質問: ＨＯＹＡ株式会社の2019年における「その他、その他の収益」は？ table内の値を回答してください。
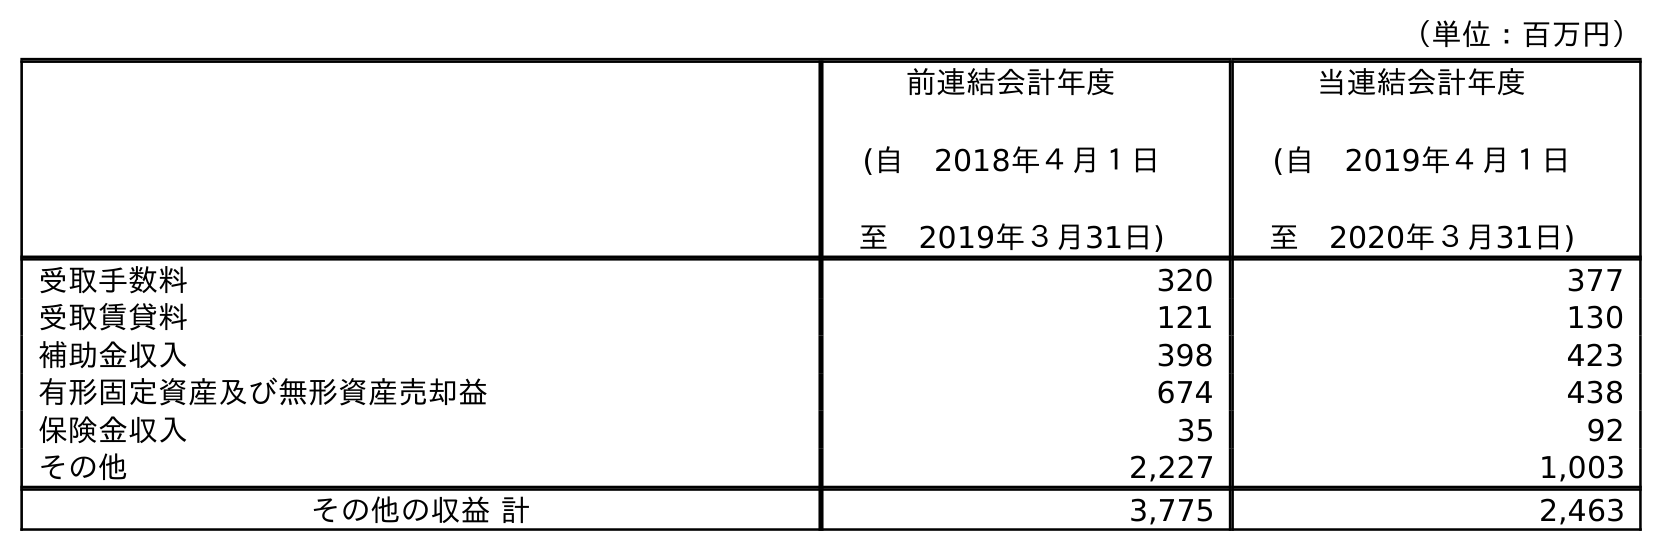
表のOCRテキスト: （単位：百万円） 前連結会計年度 (自 2018年４月１日 至 2019年３月31日) 当連結会計年度 (自 2019年４月１日 至 2020年３月31日) 受取手数料 320 377 受取賃貸料 121 130 補助金収入 398 423 有形固定資産及び無形資産売却益 674 438 保険金収入 35 92 その他 2,227 1,003 その他の収益 計 3,775 2,463
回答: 2,227